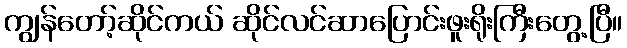
ကျွန်တော့်ဆိုင်ကယ် ဆိုင်လင်ဆာပြောင်းဖူးရိုးကြီးတွေ့ပြီ။